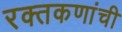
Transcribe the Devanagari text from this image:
रक्तकणांची